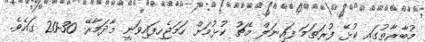
މުބާރާތުގައި ކުޅޭ ފުރަތަމަ ފައިނަލް މެޗު ކުޅުމަށް ހަމަޖެހިފައިވަނީ މާދަމާރޭ 20:30 ގައެވެ.